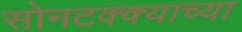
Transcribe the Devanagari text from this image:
सोनटक्क्याच्या